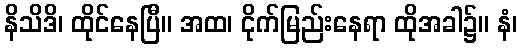
နိသိဒိ၊ ထိုင်နေပြီ။ အထ၊ ငိုက်မြည်းနေရာ ထိုအခါ၌။ နံ၊